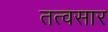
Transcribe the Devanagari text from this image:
तत्वसार